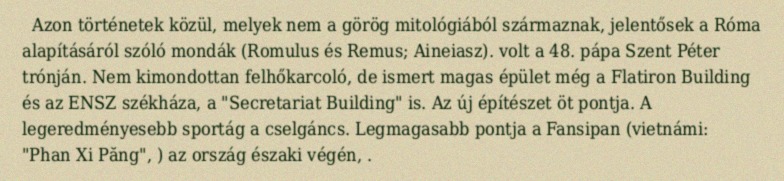
Azon történetek közül, melyek nem a görög mitológiából származnak, jelentősek a Róma alapításáról szóló mondák (Romulus és Remus; Aineiasz). volt a 48. pápa Szent Péter trónján. Nem kimondottan felhőkarcoló, de ismert magas épület még a Flatiron Building és az ENSZ székháza, a "Secretariat Building" is. Az új építészet öt pontja. A legeredményesebb sportág a cselgáncs. Legmagasabb pontja a Fansipan (vietnámi: "Phan Xi Păng", ) az ország északi végén, .